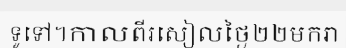
ទូទៅ។កាលពីរសៀលថ្ងៃ២២មករា